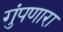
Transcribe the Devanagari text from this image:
गुंपणारा